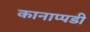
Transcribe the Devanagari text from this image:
कानाप्पडी